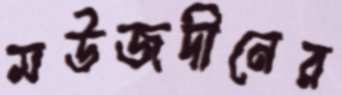
মউজদীনের